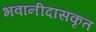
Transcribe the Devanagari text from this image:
भवानीदासकृत